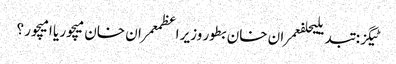
ٹیگز: تبدیلیحلفعمران خان بطور وزیر اعظمعمران خان میچور یا امیچور ؟